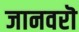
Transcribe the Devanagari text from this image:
जानवरॊ